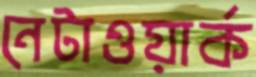
নেটাওয়ার্ক